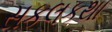
સકલકથા